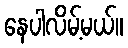
နေပါလိမ့်မယ်။